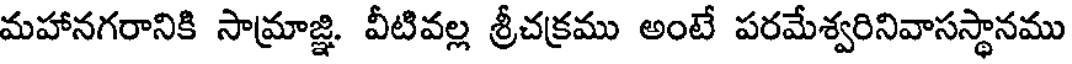
మహానగరానికి సామ్రాజ్ఞి. వీటివల్ల శ్రీచక్రము అంటే పరమేశ్వరినివాసస్థానము